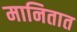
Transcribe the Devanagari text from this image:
मानितात